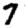
Digit: 7